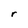
Character: r